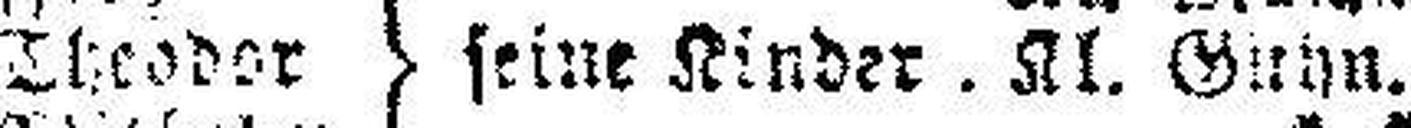
seine Kinder